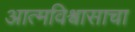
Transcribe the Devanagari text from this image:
आत्मविश्वासाचा